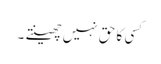
کسی کا حق نہیں چھینتے ۔